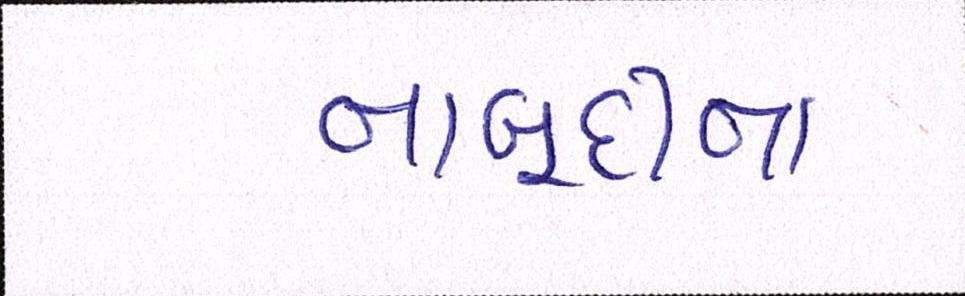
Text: નાબૂદીના